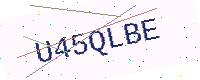
Text: U45QLBE